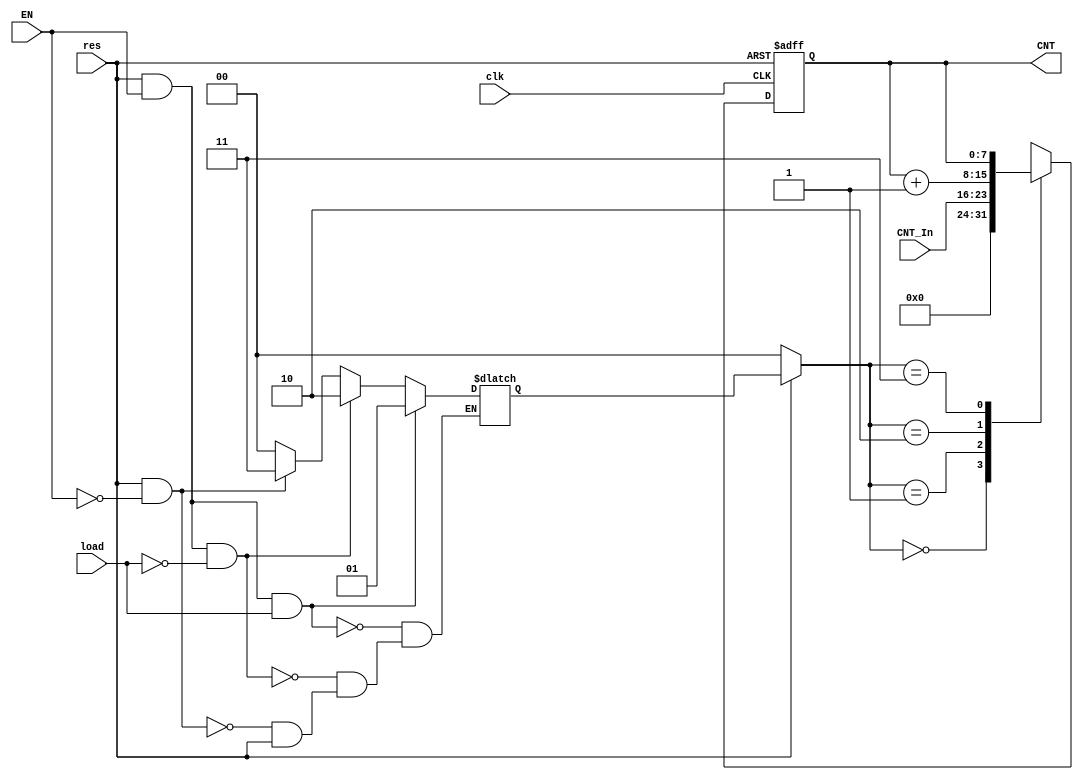
/* 
   Verilog 8-bit Counter
   3 block FSM diagram
*/

`timescale 1ns/1ps

module count8a (
   
   output reg [7:0] CNT, 
   input wire clk, res, EN, load,
   input wire [7:0] CNT_In
                
   );

   // States

   reg [1:0] state, next_state;

   // State definitions

   localparam S0 = 2'b00; // res false, EN don't care and load don't care
   localparam S1 = 2'b01; // res true, EN true and load true
   localparam S2 = 2'b10; // res true, EN true and load false
   localparam S3 = 2'b11; // res true, EN false and load don't care

   // 1: State Transition

   always @ (*) begin
      
      if (!res)

         state <= S0;

      else

         state <= next_state;

   end

   // 2: Next State

   always @ (*) begin

      if (res && EN && load) begin

         next_state <= S1;

      end


      else if (res && EN && !load) begin

         next_state <= S2;

      end


      else if (res && !EN) begin

         next_state <= S3;

      end


      else if (!res) begin

         next_state <= S0;

      end

   end

   // 3: Counter Logic

   always @ (posedge clk or negedge res) begin

      if (!res)

         CNT <= 8'b00000000;

      else begin

         case (state)

            S0: begin

               CNT <= 8'b00000000;

            end

            S1: begin

               CNT <= CNT_In;

            end

            S2: begin

               CNT <= CNT + 8'b00000001;

            end

            S3: begin

               CNT <= CNT;

            end

         endcase

      end

   end

endmodule